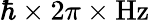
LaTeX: \hbar\times 2\pi\times\mathrm{Hz}